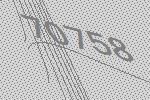
70758